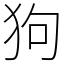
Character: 狗